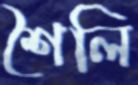
শৈলি